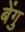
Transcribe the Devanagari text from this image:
बेंगु